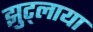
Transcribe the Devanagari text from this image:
झुट्लाया